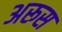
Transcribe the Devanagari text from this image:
अरूस